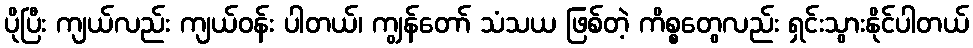
ပိုပြီး ကျယ်လည်း ကျယ်ဝန်း ပါတယ်၊ ကျွန်တော် သံသယ ဖြစ်တဲ့ ကိစ္စတွေလည်း ရှင်းသွားနိုင်ပါတယ်